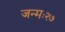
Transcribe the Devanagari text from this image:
जन्मः२७